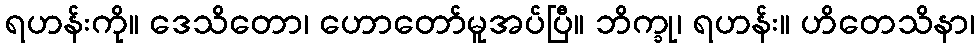
ရဟန်းကို။ ဒေသိတော၊ ဟောတော်မူအပ်ပြီ။ ဘိက္ခု၊ ရဟန်း။ ဟိတေသိနာ၊